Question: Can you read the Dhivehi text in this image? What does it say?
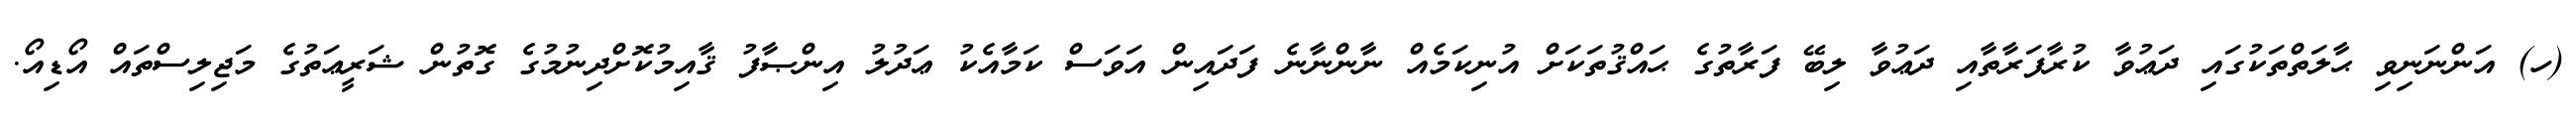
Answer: (ހ) އަންނަނިވި ޙާލަތްތަކުގައި ދަޢުވާ ކުރާފަރާތާއި ދަޢުވާ ލިބޭ ފަރާތުގެ ޙައްޤުތަކަށް އުނިކަމެއް ނާންނާނެ ފަދައިން އަވަސް ކަމާއެކު ޢަދުލު އިންޞާފު ޤާއިމުކޮށްދިނުމުގެ ގޮތުން ޝަރީޢަތުގެ މަޖިލިސްތައް އޯޑިއޯ.